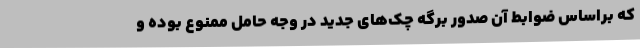
که براساس ضوابط آن صدور برگه چک‌های جدید در وجه حامل ممنوع بوده و